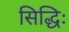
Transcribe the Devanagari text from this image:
सिद्धिः